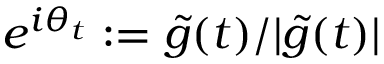
e ^ { i \theta _ { t } } : = \tilde { g } ( t ) / | \tilde { g } ( t ) |